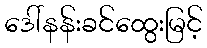
ဒေါ်နန်းခင်ထွေးမြင့်